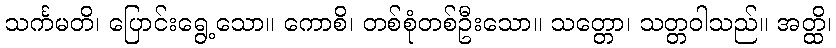
သင်္ကမတိ၊ ပြောင်းရွေ့သော။ ကောစိ၊ တစ်စုံတစ်ဦးသော။ သတ္တော၊ သတ္တဝါသည်။ အတ္ထိ၊